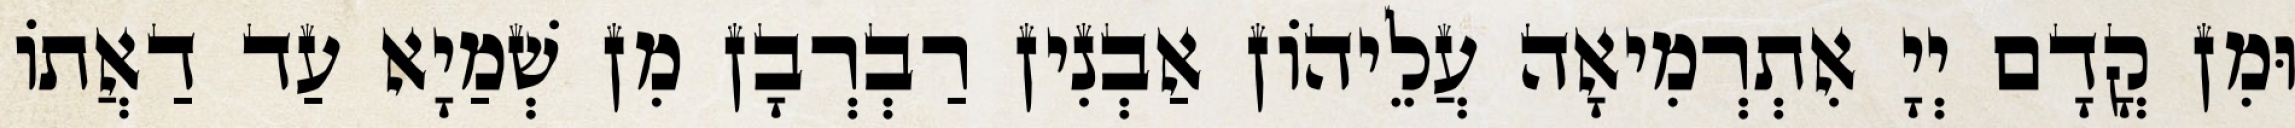
וּמִן קֳדָם יְיָ אִתְרְמִיאָה עֲלֵיהוֹן אַבְנִין רַבְרְבָן מִן שְׁמַיָא עַד דַאֲתוֹ